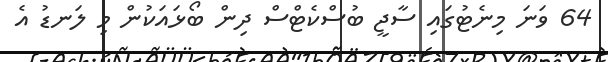
64 ވަނަ މިނެޓުގައި ސާޖީ ބުސްކެޓްސް ދިން ބޯޅައަކުން މި ލަނޑު އެ